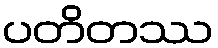
ပတိတဿ